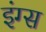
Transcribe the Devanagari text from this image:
इंग्स